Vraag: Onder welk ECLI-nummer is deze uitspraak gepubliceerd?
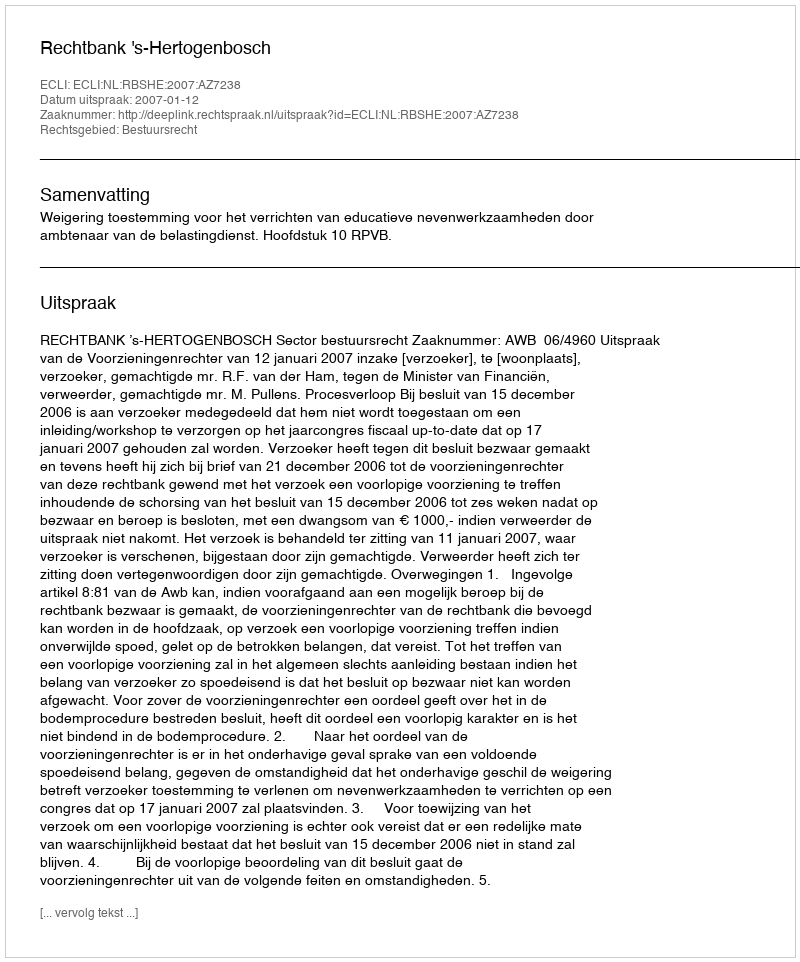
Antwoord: ECLI:NL:RBSHE:2007:AZ7238